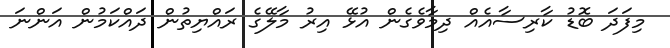
މިފަދަ ބޮޑު ކާރިސާއެއް ދިމާވެގެން އުޅޭ އިރު މާލޭގެ ރައްޔިތުން ދައްކަމުން އަންނަ